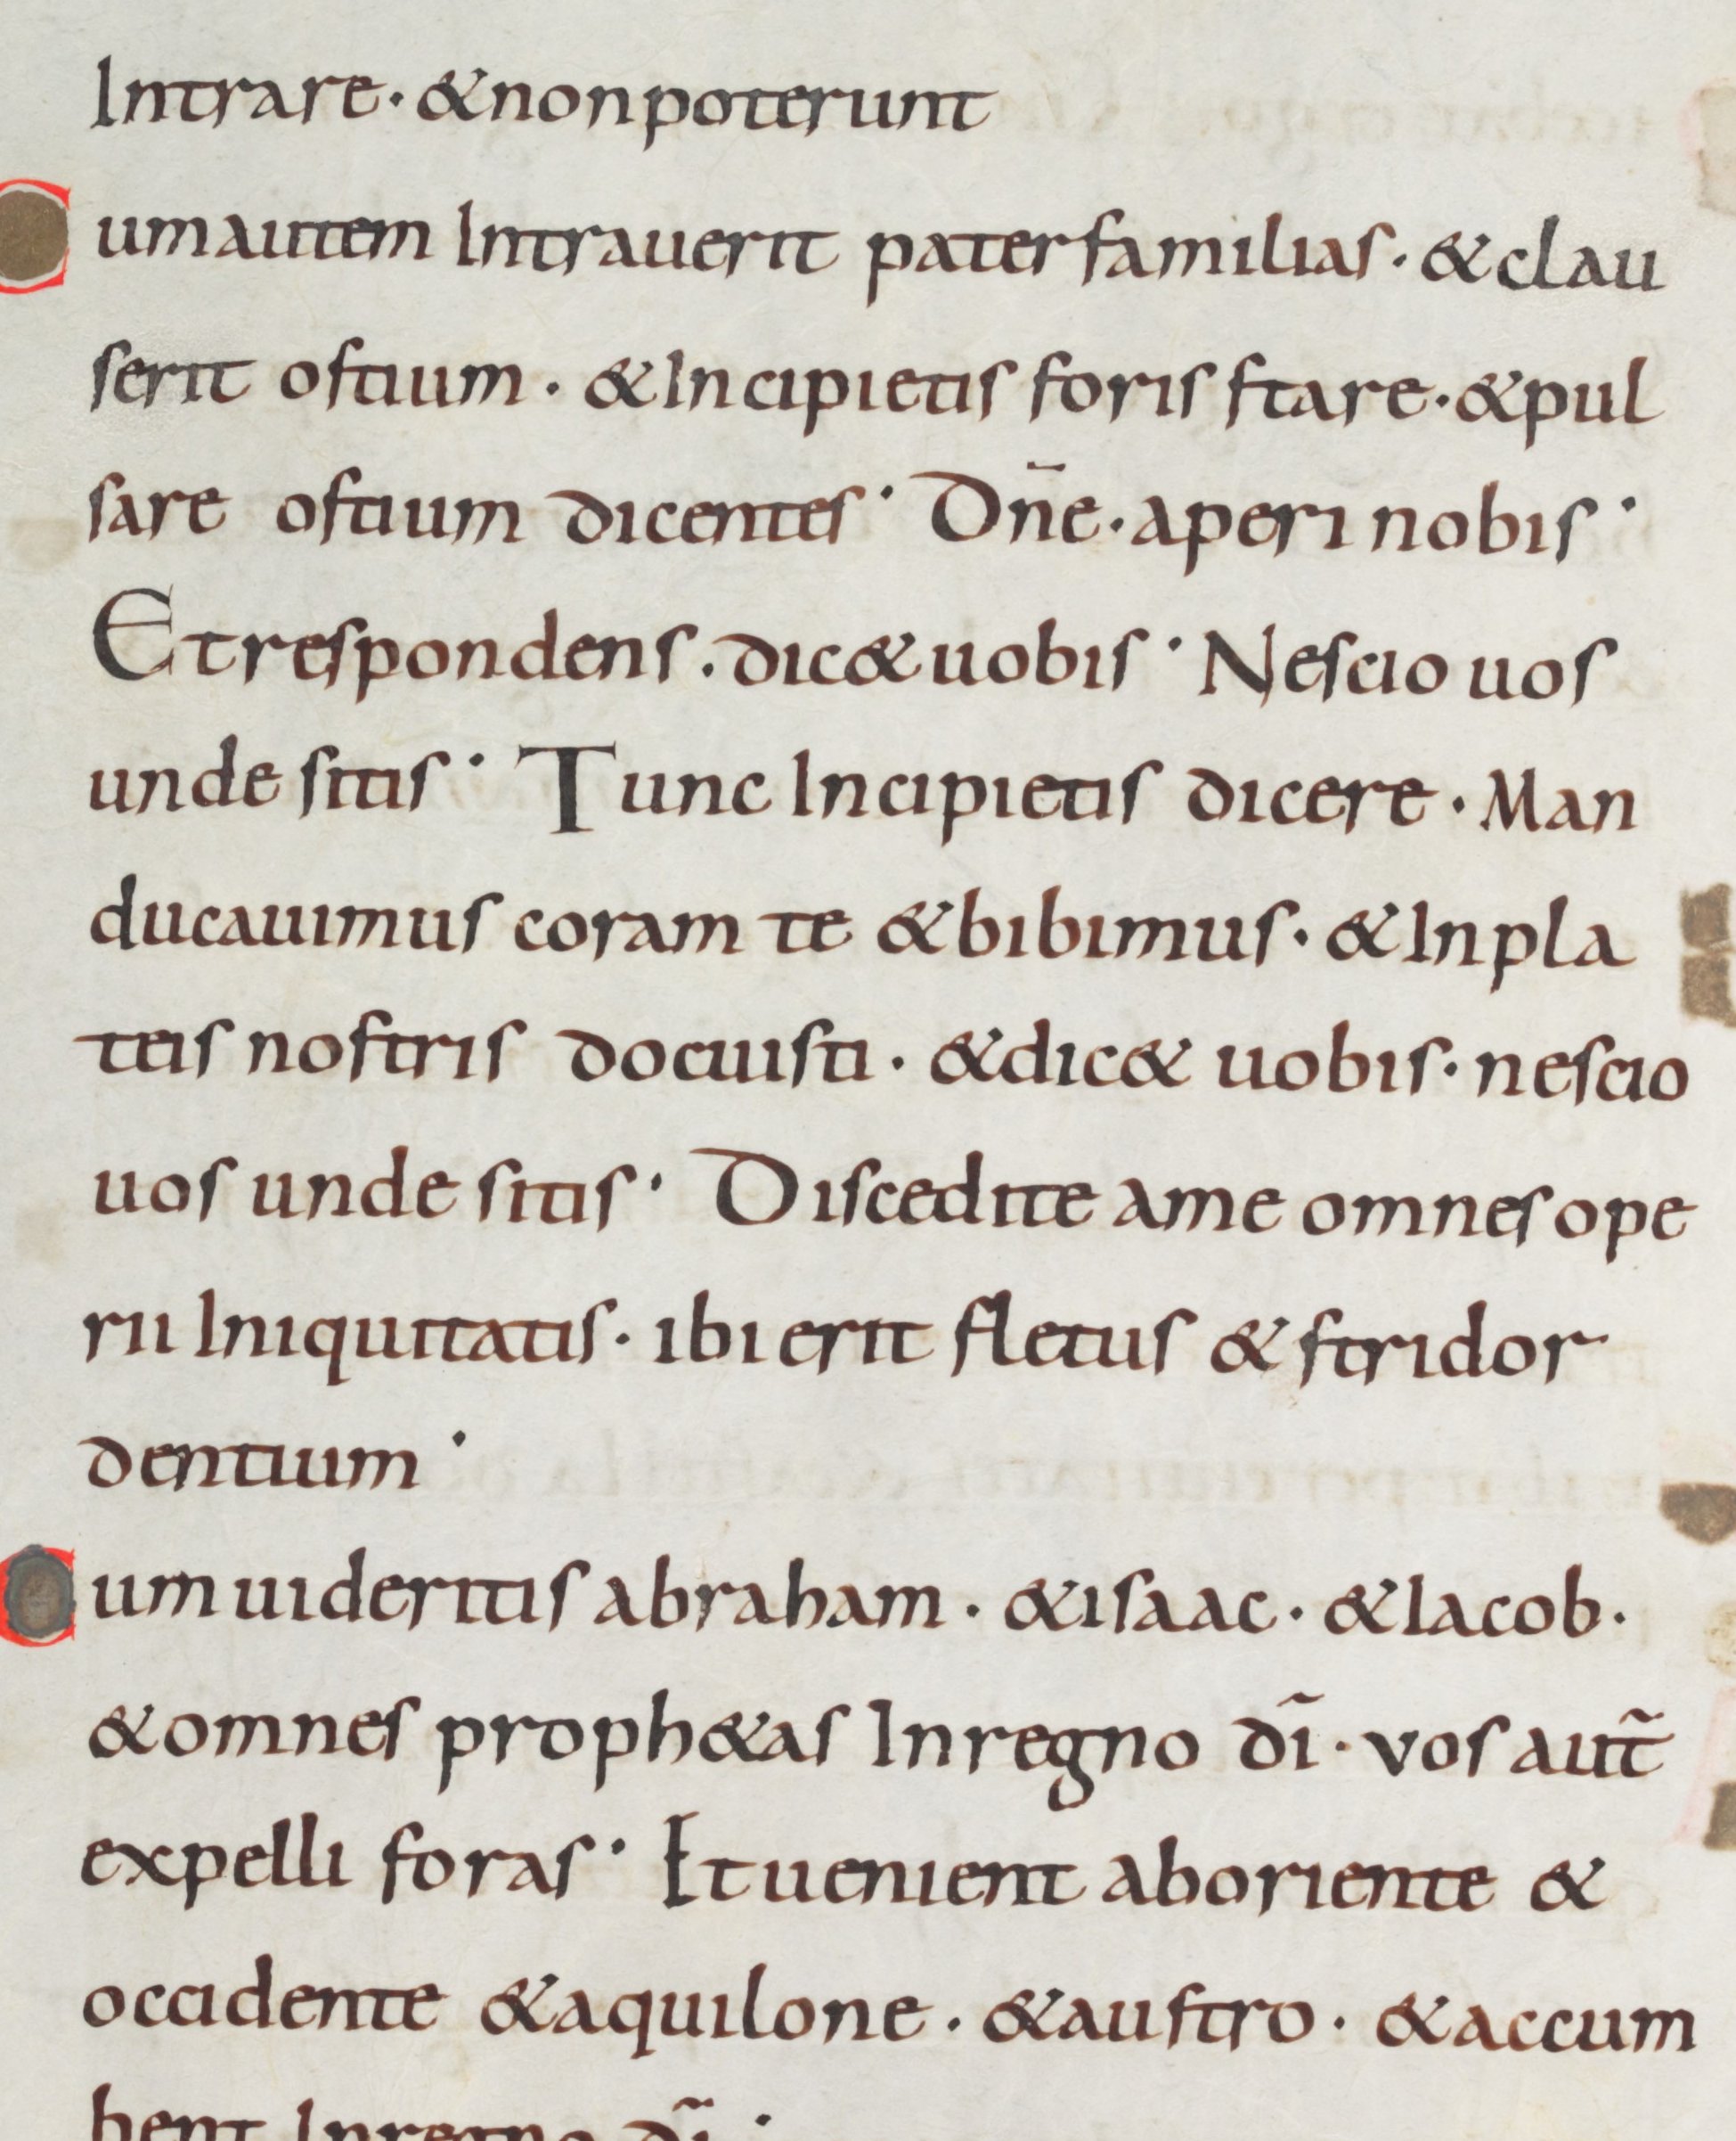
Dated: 875–899